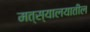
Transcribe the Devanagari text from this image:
मत्स्यालयातील